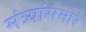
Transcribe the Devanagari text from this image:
मंत्र्यांसमोर